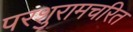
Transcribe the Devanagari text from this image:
परशुरामचरित